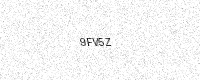
Text: 9FV5Z